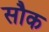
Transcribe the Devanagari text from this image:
सौक